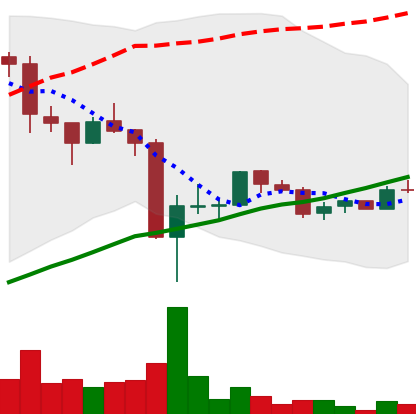
Ticker: LTC-USD
Chart end date: 2017-09-26
Forward return: 5.813%
Label: up_5_7